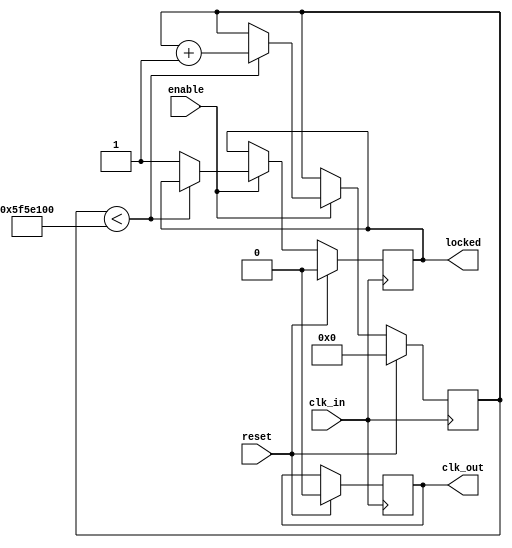
module parameterized_pll #(
    parameter INPUT_FREQ = 50_000_000, // Input clock frequency in Hz
    parameter OUTPUT_FREQ = 100_000_000, // Desired output clock frequency in Hz
    parameter PHASE_OFFSET = 0, // Phase offset in degrees
    parameter LOCK_TIME = 100_000_000, // Time required to lock in clock cycles
    parameter NUM_STAGES = 4 // Number of stages in feedback loop for frequency division
)(
    input wire clk_in, // Input clock signal
    input wire reset, // Asynchronous reset signal
    input wire enable, // PLL enable signal
    output reg clk_out, // Output clock signal
    output reg locked // Lock status signal
);

    // Internal registers and signals
    reg [31:0] phase_accumulator; // Phase accumulator
    reg [31:0] frequency_divider; // Frequency divider counter
    reg [31:0] loop_filter; // Control voltage for VCO
    reg vco_out; // VCO output clock signal
    reg [31:0] lock_counter; // Counter for lock time
    reg [NUM_STAGES-1:0] feedback_counter; // Feedback counter

    // Phase Detector (simplified)
    wire phase_error = phase_accumulator[31] ^ vco_out; // Simple XOR for phase comparison

    // VCO Generation (simplified)
    always @(posedge clk_in) begin
        if (reset) begin
            vco_out <= 0;
        end else if (enable) begin
            vco_out <= loop_filter[0]; // Using least significant bit for clock toggle
        end
    end

    // Loop Filter
    always @(posedge clk_in) begin
        if (reset) begin
            loop_filter <= 0;
        end else if (enable) begin
            loop_filter <= loop_filter + phase_error; // Simulate filter response
        end
    end

    // Feedback frequency division for output clock generation
    always @(posedge clk_in) begin
        if (reset) begin
            feedback_counter <= 0;
            clk_out <= 0;
        end else if (enable) begin
            if (feedback_counter == (INPUT_FREQ / OUTPUT_FREQ) - 1) begin
                clk_out <= ~clk_out; // Toggle output clock
                feedback_counter <= 0; // Reset counter
            end else begin
                feedback_counter <= feedback_counter + 1; // Increment counter
            end
        end
    end

    // Lock Mechanism
    always @(posedge clk_in) begin
        if (reset) begin
            locked <= 0;
            lock_counter <= 0;
            phase_accumulator <= 0;
        end else if (enable) begin
            if (lock_counter < LOCK_TIME) begin
                lock_counter <= lock_counter + 1; // Increment lock time counter
            end else begin
                locked <= 1; // Set lock status
            end

            // Update phase accumulator for locking simulation (simplified)
            phase_accumulator <= phase_accumulator + phase_error;
        end
    end

endmodule